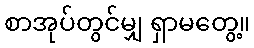
စာအုပ်တွင်မျှ ရှာမတွေ့။